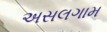
અસલગામ